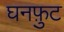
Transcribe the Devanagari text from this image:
घनफ़ुट